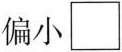
偏小\square